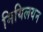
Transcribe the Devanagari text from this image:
मियिलयन